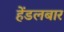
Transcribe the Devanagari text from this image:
हेंडलबार